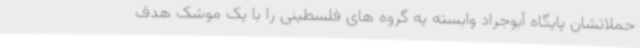
حملاتشان پایگاه أبوجراد وابسته یه گروه های فلسطینی را با یک موشک هدف